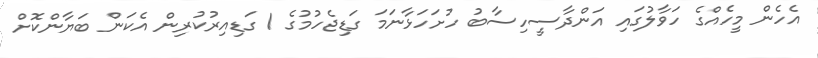
އެހެން މީހެއްގެ ހަވާލުގައި އަންދާސީހިސާބު ހުށަހަޅާނަމަ ގަޑިޖެހުމުގެ 1 ގަޑިއިރުކުރިން އެކަން ބަޔާންކޮށް